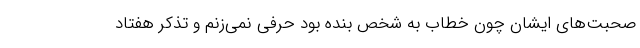
صحبت‌های ایشان چون خطاب به شخص بنده بود حرفی نمی‌زنم و تذکر هفتاد